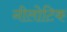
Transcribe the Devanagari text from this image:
नीलोटिक